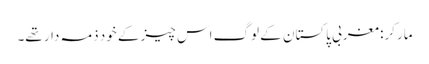
مارکر: مغربی پاکستان کے لوگ اس چیز کے خود ذمہ دار تھے۔